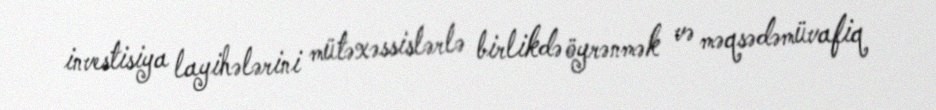
investisiya layihələrini mütəxəssislərlə birlikdə öyrənmək və məqsədəmüvafiq